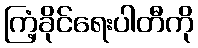
ကြံ့ခိုင်ရေးပါတီကို